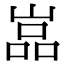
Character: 嵓